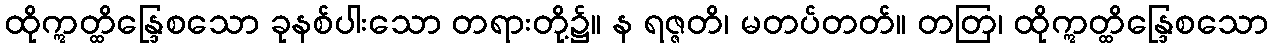
ထိုဣတ္ထိန္ဒြေစသော ခုနစ်ပါးသော တရားတို့၌။ န ရဇ္ဇတိ၊ မတပ်တတ်။ တတြ၊ ထိုဣတ္ထိန္ဒြေစသော